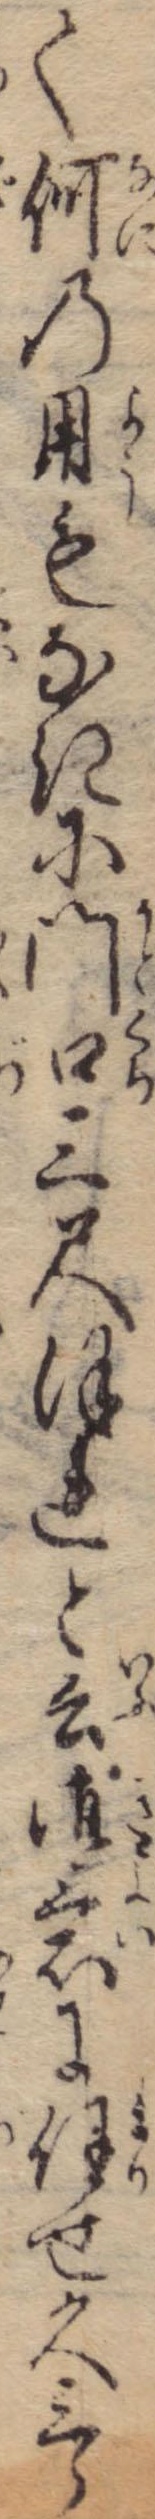
て何の用もなきに門口三尺ほれと云御意に任せ久三郎